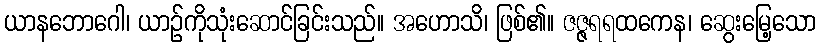
ယာနဘောဂေါ၊ ယာဉ်ကိုသုံးဆောင်ခြင်းသည်။ အဟောသိ၊ ဖြစ်၏။ ဇဇ္ဇရရထကေန၊ ဆွေးမြေ့သော